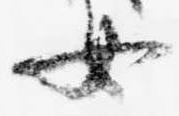
女